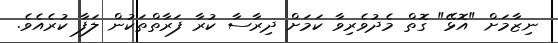
ނިޒާމަށް "އޮޅޭ" ގޮތް މެދުވެރިވާ ކަމަށް ދިރާސާ ކުރާ ފަރާތްތަކުން ލަފާ ކުރެއެވެ.